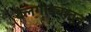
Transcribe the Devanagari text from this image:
बैलगाड्यातून